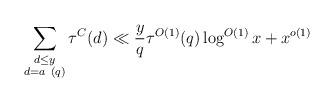
LaTeX: \begin{align*}\sum_{\substack{d \leq y\\ d = a\ (q)}} \tau^C(d) \ll \frac{y}{q} \tau^{O(1)}(q) \log^{O(1)} x + x^{o(1)}\end{align*}